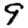
Digit: 9